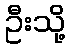
ဦးသို့